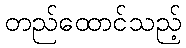
တည်ထောင်သည့်